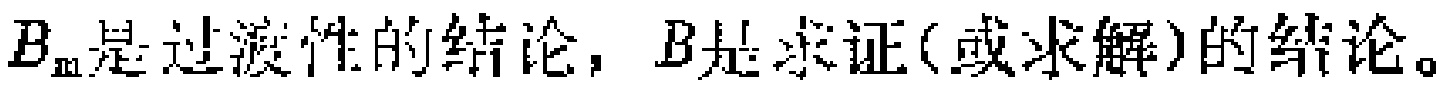
\(B_{\mathrm{m}}\)是过渡性的结论，\(B\)是求证(或求解)的结论。